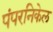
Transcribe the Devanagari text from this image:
पंपरनिकेल